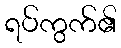
ရပ်ကွက်၏